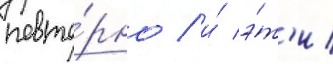
повто́рно / и́ э́т'и